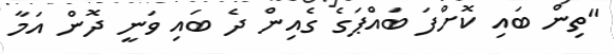
"ތިން ބައި ކޮށްފަ ބައްޕަގެ ގެއިން ދެ ބައި ވަނީ ދޮން އަމާ